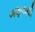
ગણવાથી